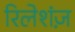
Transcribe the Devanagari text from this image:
रिलेशंज़